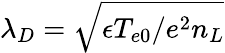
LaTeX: \lambda_{D}=\sqrt{\epsilon T_{e0}/e^{2}n_{L}}